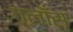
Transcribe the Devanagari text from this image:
ग्लाँस